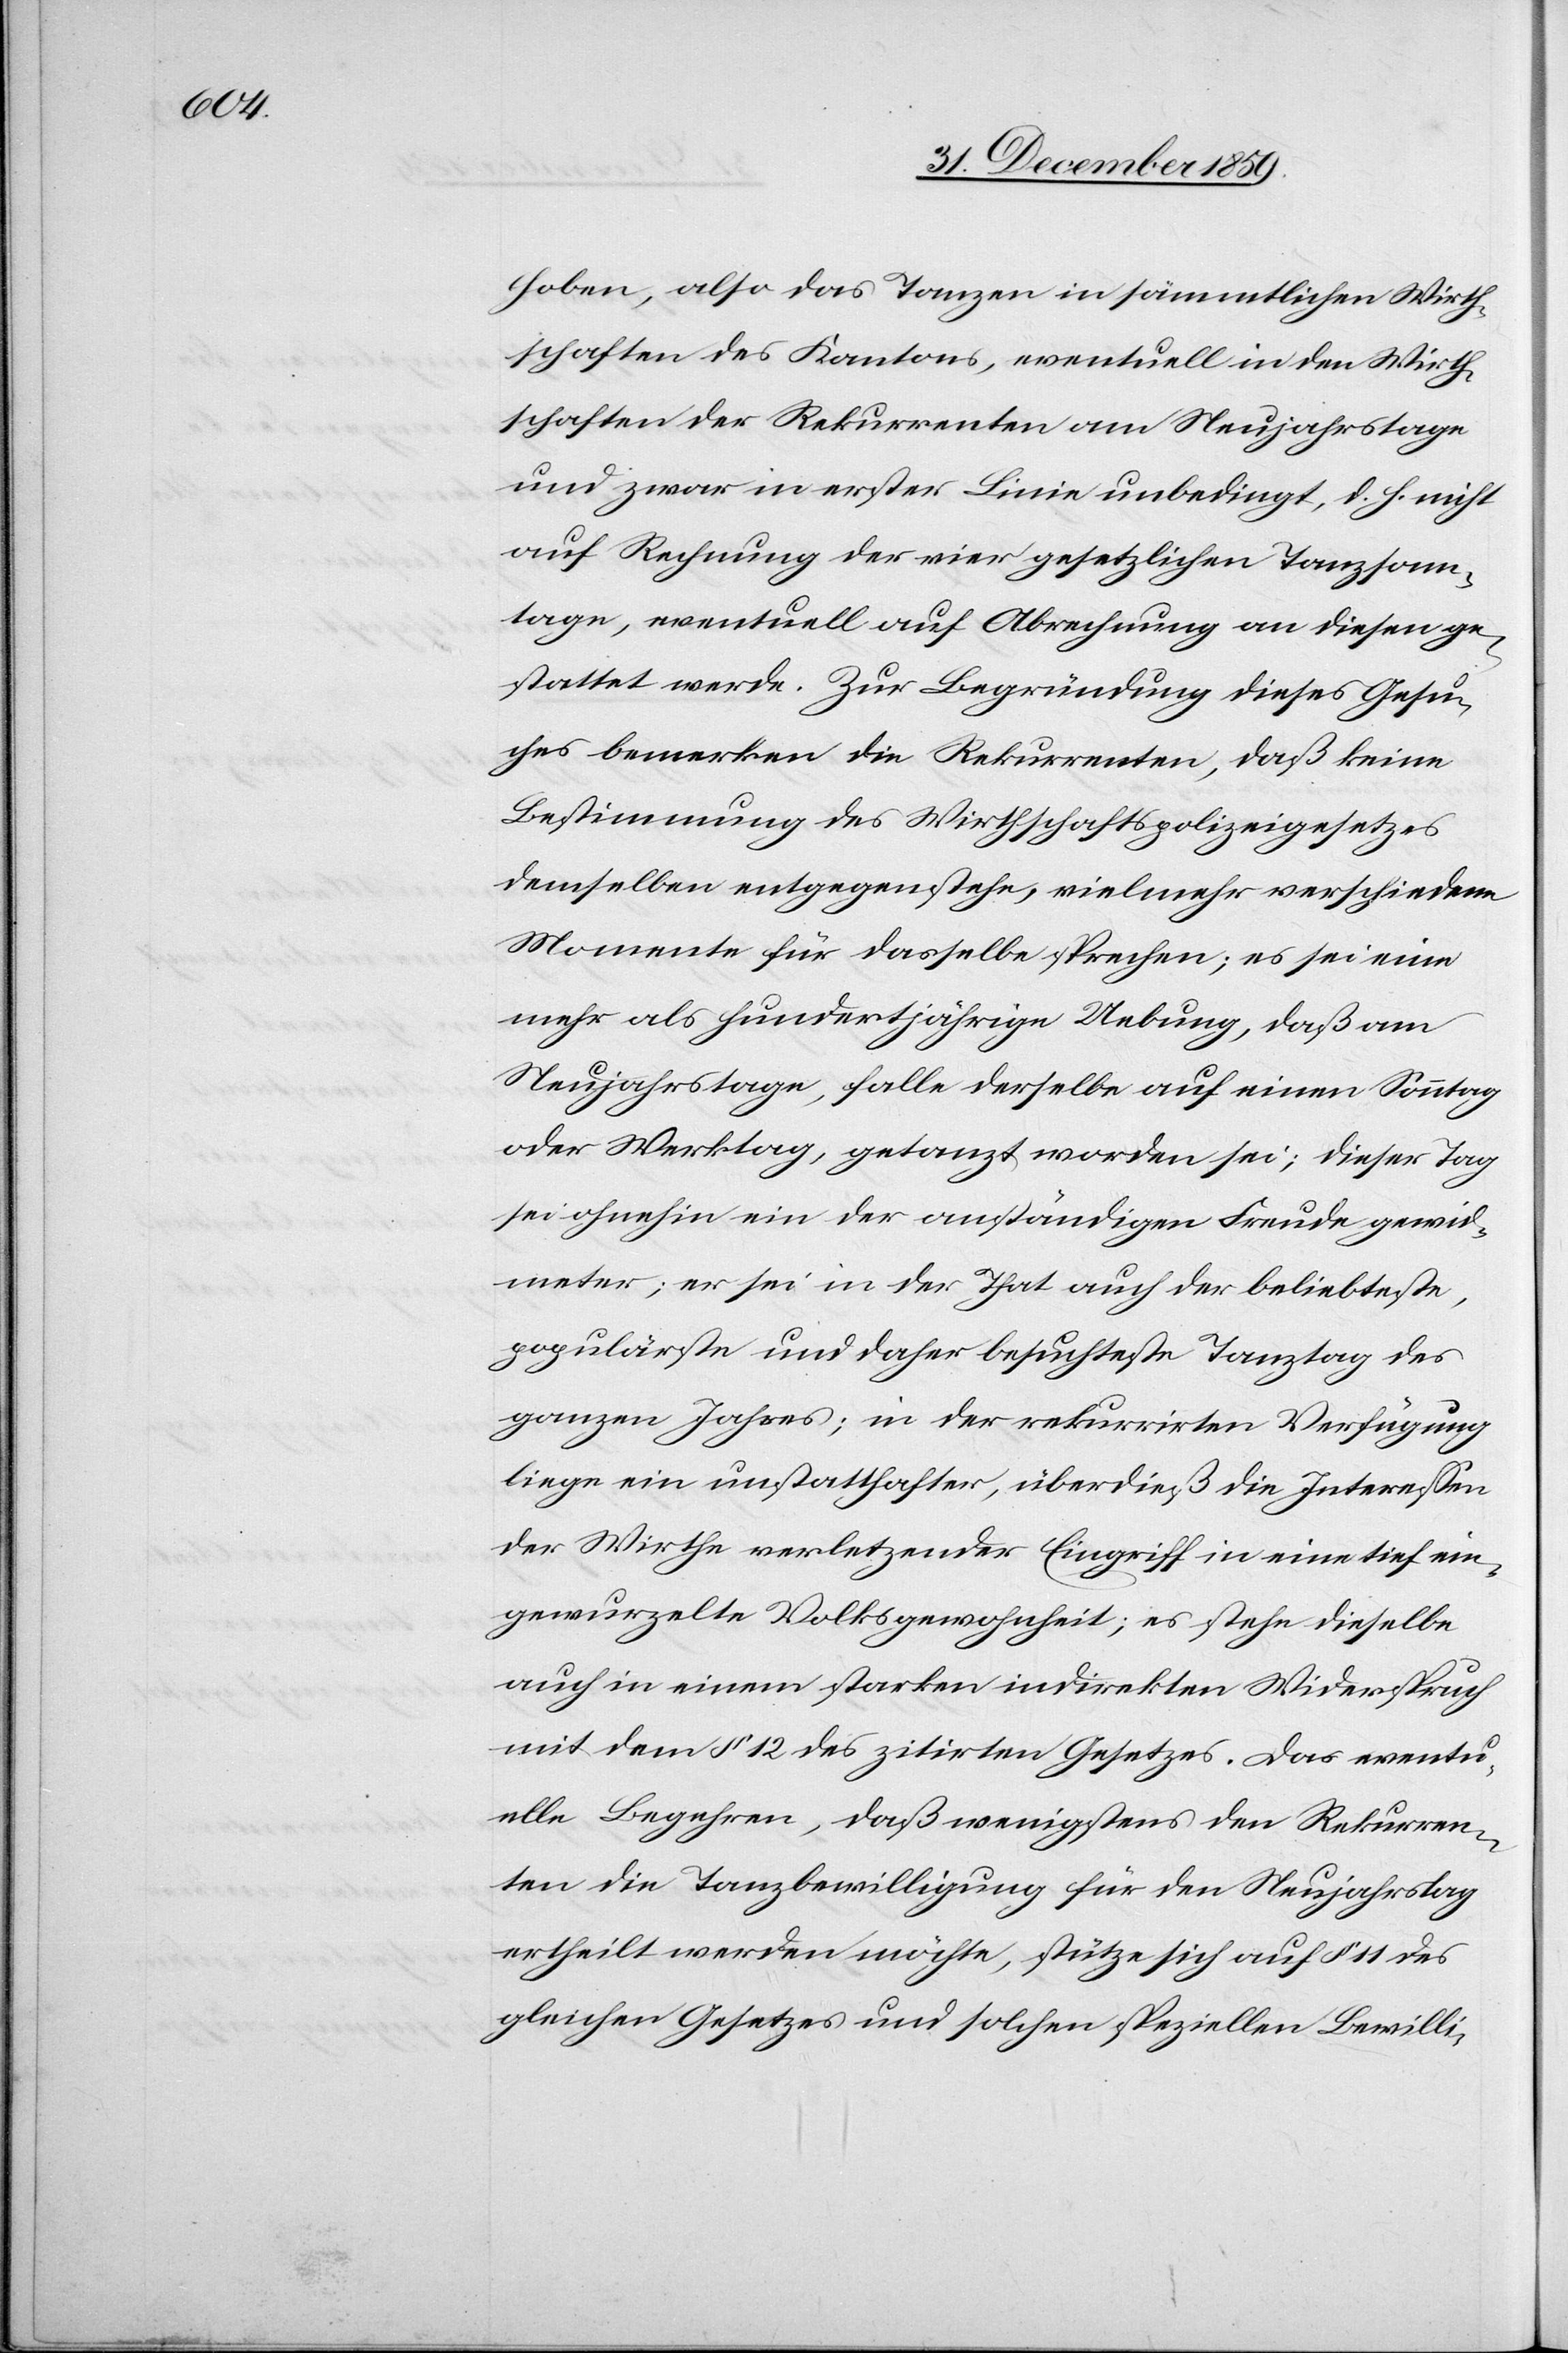
hoben, also das Tanzen in sämmtlichen Wirth¬
schaften des Kantons, eventuell in den Wirth¬
schaften der Rekurrenten am Neujahrstage
und zwar in erster Linie unbedingt, d. h. nicht
auf Rechnung der vier gesetzlichen Tanzsonn¬
tage, eventuell auf Abrechnung an diesen ge¬
stattet werde. Zur Begründung dieses Gesu¬
ches bemerken die Rekurrenten, daß keine
Bestimmung des Wirthschaftspolizeigesetzes
demselben entgegenstehe, vielmehr verschiedene
Momente für dasselbe sprechen; es sei eine
mehr als hundertjährige Uebung, daß am
Neujahrstage, falle derselbe auf einen Sonntag
oder Werktag, getanzt worden sei; dieser Tag
sei ohnehin ein der anständigen Freude gewid¬
meter; er sei in der That auch der beliebteste,
populärste und daher besuchteste Tanztag des
ganzen Jahres; in der rekurrirten Verfügung
liege ein unstatthafter, überdieß die Interessen
der Wirthe verletzender Eingriff in eine tief ein¬
gewurzelte Volksgewohnheit; es stehe dieselbe
auch in einem starken indirekten Widerspruch
mit dem § 12 des zitirten Gesetzes. Das eventu¬
elle Begehren, daß wenigstens den Rekurren¬
ten die Tanzbewilligung für den Neujahrstag
ertheilt werden möchte, stütze sich auf § 11 des
gleichen Gesetzes und solchen speziellen Bewilli-